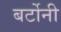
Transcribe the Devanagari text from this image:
बर्टोनी